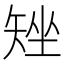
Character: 矬